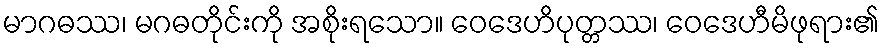
မာဂဓဿ၊ မဂဓတိုင်းကို အစိုးရသော။ ဝေဒေဟိပုတ္တဿ၊ ဝေဒေဟီမိဖုရား၏